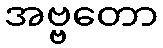
အဗ္ဗတော